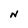
Character: N